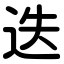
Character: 迭